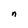
Character: n